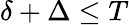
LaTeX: \delta+\Delta\leq T